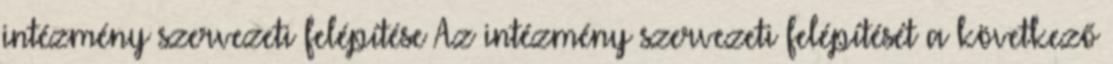
intézmény szervezeti felépítése Az intézmény szervezeti felépítését a következő